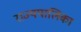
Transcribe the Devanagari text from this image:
राज्यपालिका